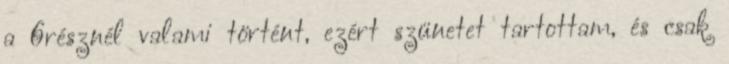
a 6résznél valami történt, ezért szünetet tartottam, és csak